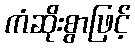
ကံဆိုးစွာဖြင့်